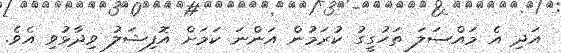
އަދި އެ މައްސަލަ ތަހުގީގު ކުރަމުން އަންނަ ކަމަށް އޮފިޝަލު ވިދާޅުވި އެވެ.